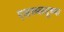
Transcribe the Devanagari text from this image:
एअरब्लयूच्या